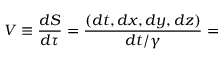
V \equiv { \frac { d S } { d \tau } } = { \frac { ( d t , d x , d y , d z ) } { d t / \gamma } } =